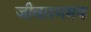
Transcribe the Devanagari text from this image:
जीवाश्ममय